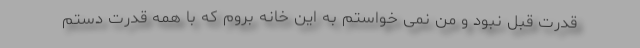
قدرت قبل نبود و من نمی خواستم به این خانه بروم که با همه قدرت دستم